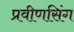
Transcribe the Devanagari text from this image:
प्रवीणसिंग